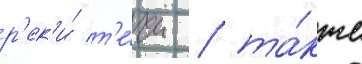
р'ек'и́ т'е́чи / та́кже